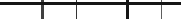
١٧